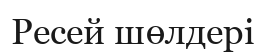
Ресей шөлдері